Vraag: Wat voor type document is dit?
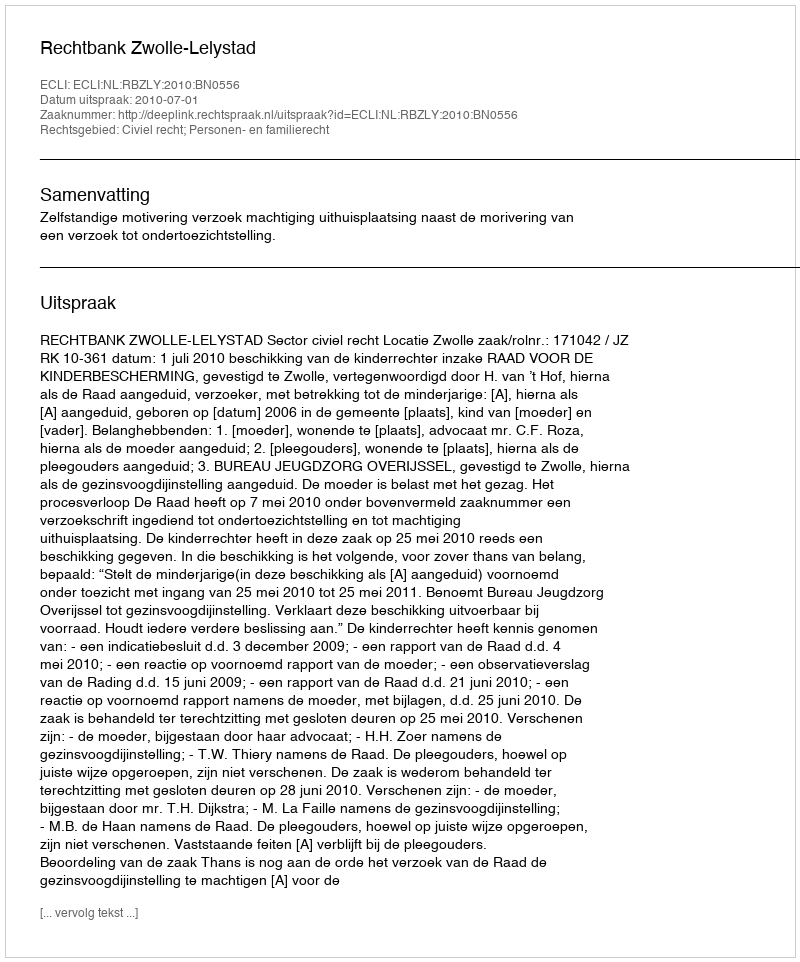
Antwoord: Uitspraak